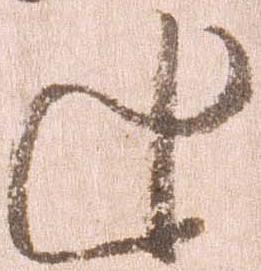
追